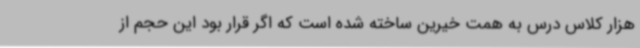
هزار کلاس درس به همت خیرین ساخته شده است که اگر قرار بود این حجم از